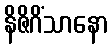
နိဇိဂိံသာနော